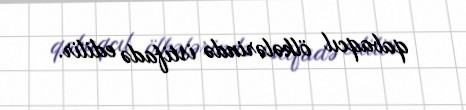
qabaqcıl ölkələrində istifadə edilir.